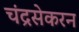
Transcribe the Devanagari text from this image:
चंद्रसेकरन